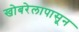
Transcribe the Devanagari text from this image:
खोबरेलापासून